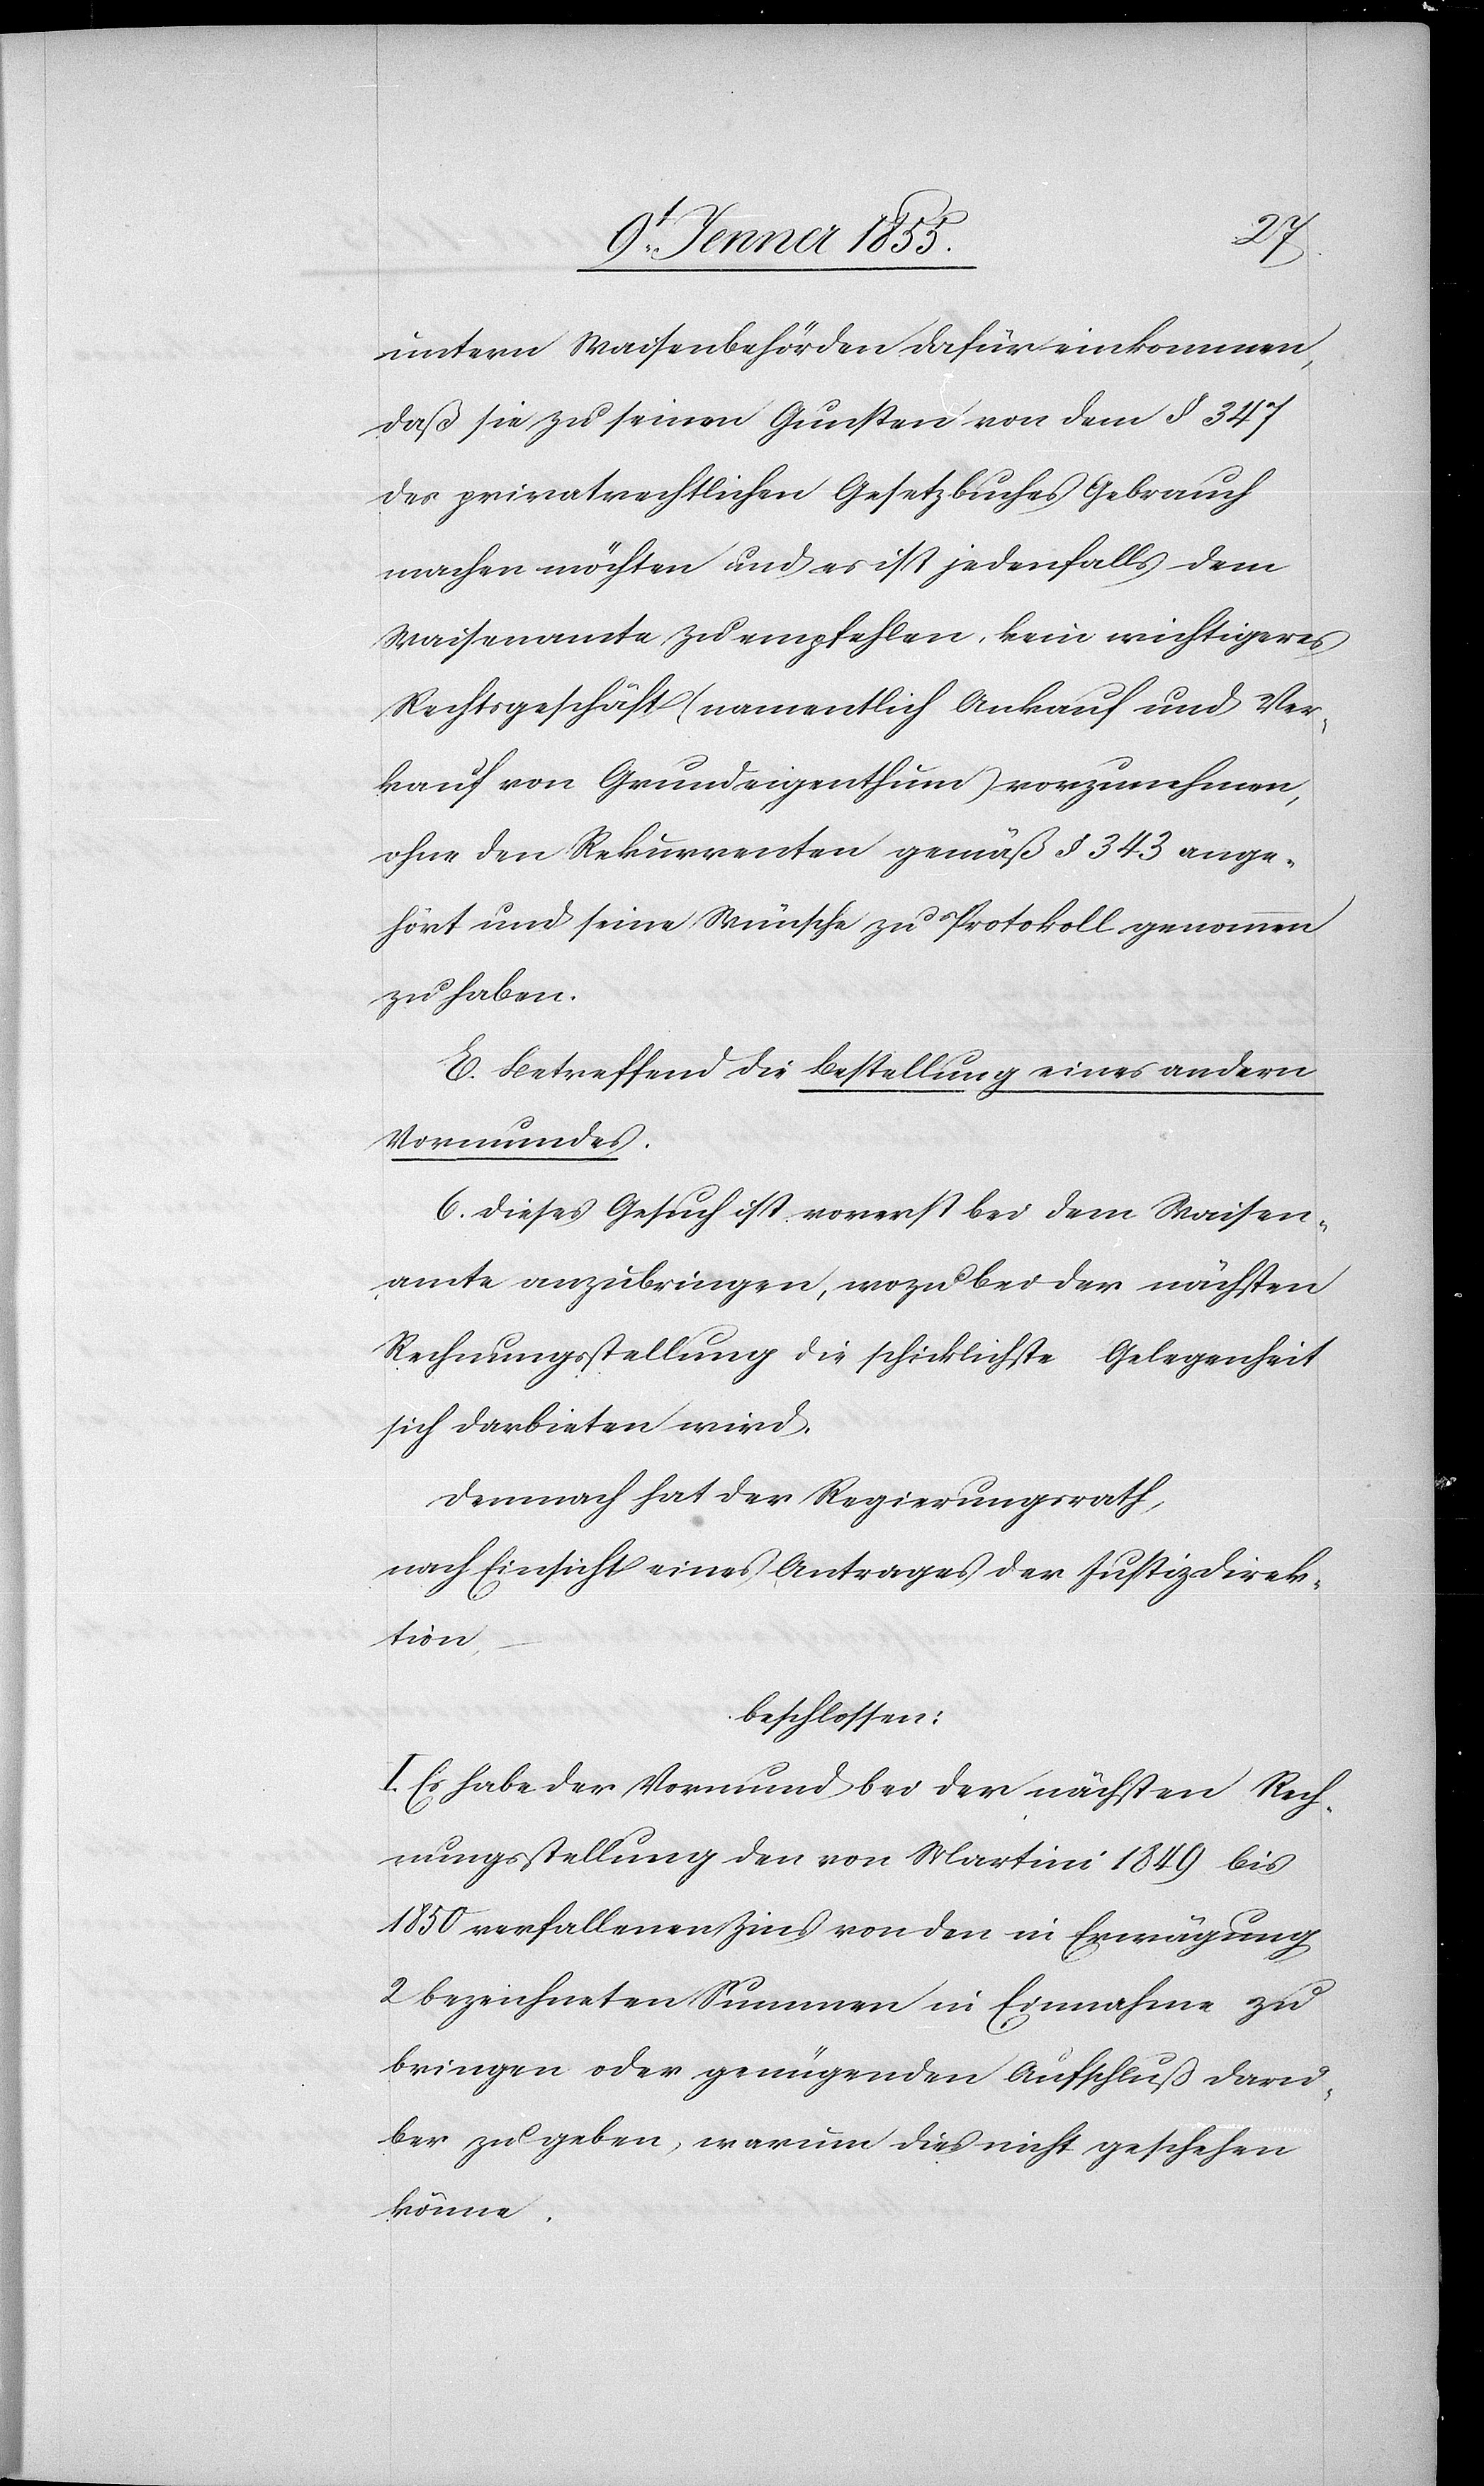
untern Waisenbehörden dafür einkommen,
daß sie zu seinen Gunsten von dem § 347
des privatrechtlichen Gesetzbuches Gebrauch
machen möchten und es ist jedenfalls dem
Waisenamte zu empfehlen, kein wichtigeres
Rechtsgeschäft (namentlich Ankauf und Ver¬
kauf von Grundeigenthum) vorzunehmen,
ohne den Rekurrenten gemäß § 343 ange¬
hört und seine Wünsche zu Protokoll genommen
zu haben.
E. Betreffend die Bestellung eines andern
Vormundes.
6. Dieses Gesuch ist vorerst bei dem Waisen¬
amte anzubringen, wozu bei der nächsten
Rechnungsstellung die schicklichste Gelegenheit
sich darbieten wird.
Demnach hat der Regierungsrath,
nach Einsicht eines Antrages der Justizdirek¬
tion,
beschlossen:
I. Es habe der Vormund bei der nächsten Rech¬
nungsstellung den von Martini 1849 bis
1850 verfallenen Zins von den in Erwägung
2 bezeichneten Summen in Einnahme zu
bringen oder genügenden Aufschluß darü¬
ber zu geben, warum dies nicht geschehen
könne.